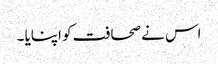
اس نے صحافت کو اپنایا ۔